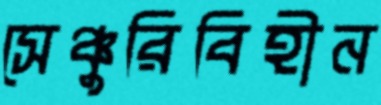
সেঞ্চুরিবিহীন